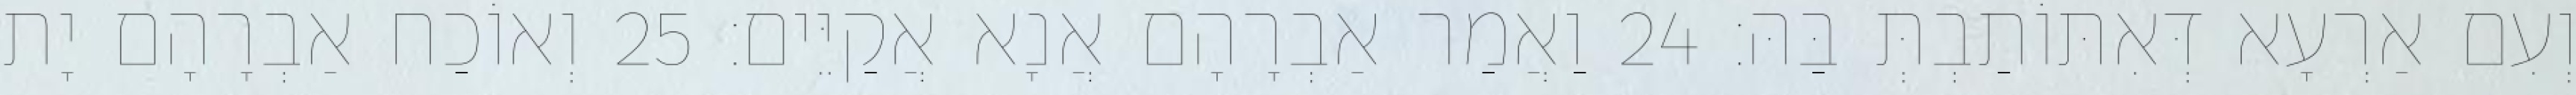
וְעִם אַרְעָא דְּאִתּוֹתַבְתְּ בַּהּ׃ 24 וַאֲמַר אַבְרָהָם אֲנָא אֲקַיֵּים׃ 25 וְאוֹכַח אַבְרָהָם יָת